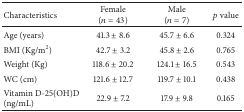
| Characteristics | Female(n = 43) | Male(n = 7) | p value |
 | --- | --- | --- | --- |
 | Age (years) | 41.3 ± 8.6 | 45.7 ± 6.6 | 0.324 |
 | BMI (Kg/m2) | 42.7 ± 3.2 | 45.8 ± 2.6 | 0.765 |
 | Weight (Kg) | 118.6 ± 20.2 | 124.1 ± 16.5 | 0.543 |
 | WC (cm) | 121.6 ± 12.7 | 119.7 ± 10.1 | 0.438 |
 | Vitamin D-25(OH)D (ng/mL) | 22.9 ± 7.2 | 17.9 ± 9.8 | 0.165 |